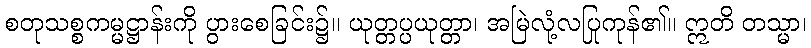
စတုသစ္စကမ္မဋ္ဌာန်းကို ပွားစေခြင်း၌။ ယုတ္တပ္ပယုတ္တာ၊ အမြဲလုံ့လပြုကုန်၏။ ဣတိ တသ္မာ၊